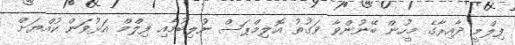
ފިލްމީ ދާއިރާގެ މީހުން ބޭނުންވާ ވަގުތު އޮލިމްޕަސް ނުލިބުމާއި ފިލްމް އަޅުވަން ކުއްޔަށް